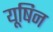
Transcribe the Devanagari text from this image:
यूषिन